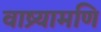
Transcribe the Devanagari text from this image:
वाष्र्यामणि